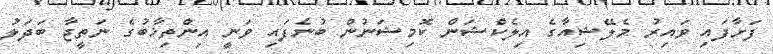
ފަށާފައި ވައިރު މެލޭޝިއާގެ އިލެކްޝަން ކޮމިޝަނުން ބުނެފައި ވަނީ އިންތިޚާބުގެ ނަތީޖާ ބަދަލު